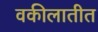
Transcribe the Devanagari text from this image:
वकीलातीत